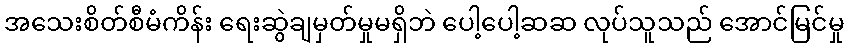
အသေးစိတ်စီမံကိန်း ရေးဆွဲချမှတ်မှုမရှိဘဲ ပေါ့ပေါ့ဆဆ လုပ်သူသည် အောင်မြင်မှု